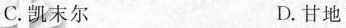
C. 凯末尔 D. 甘地